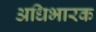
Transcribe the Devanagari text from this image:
अधिभारक